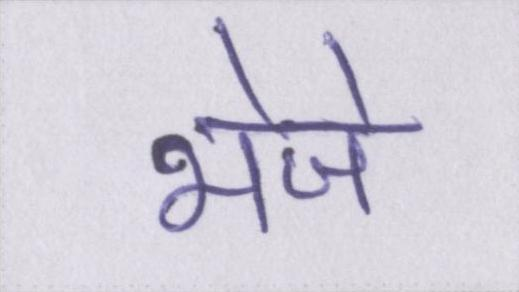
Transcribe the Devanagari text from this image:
भेजे